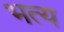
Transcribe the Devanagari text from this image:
भत्य